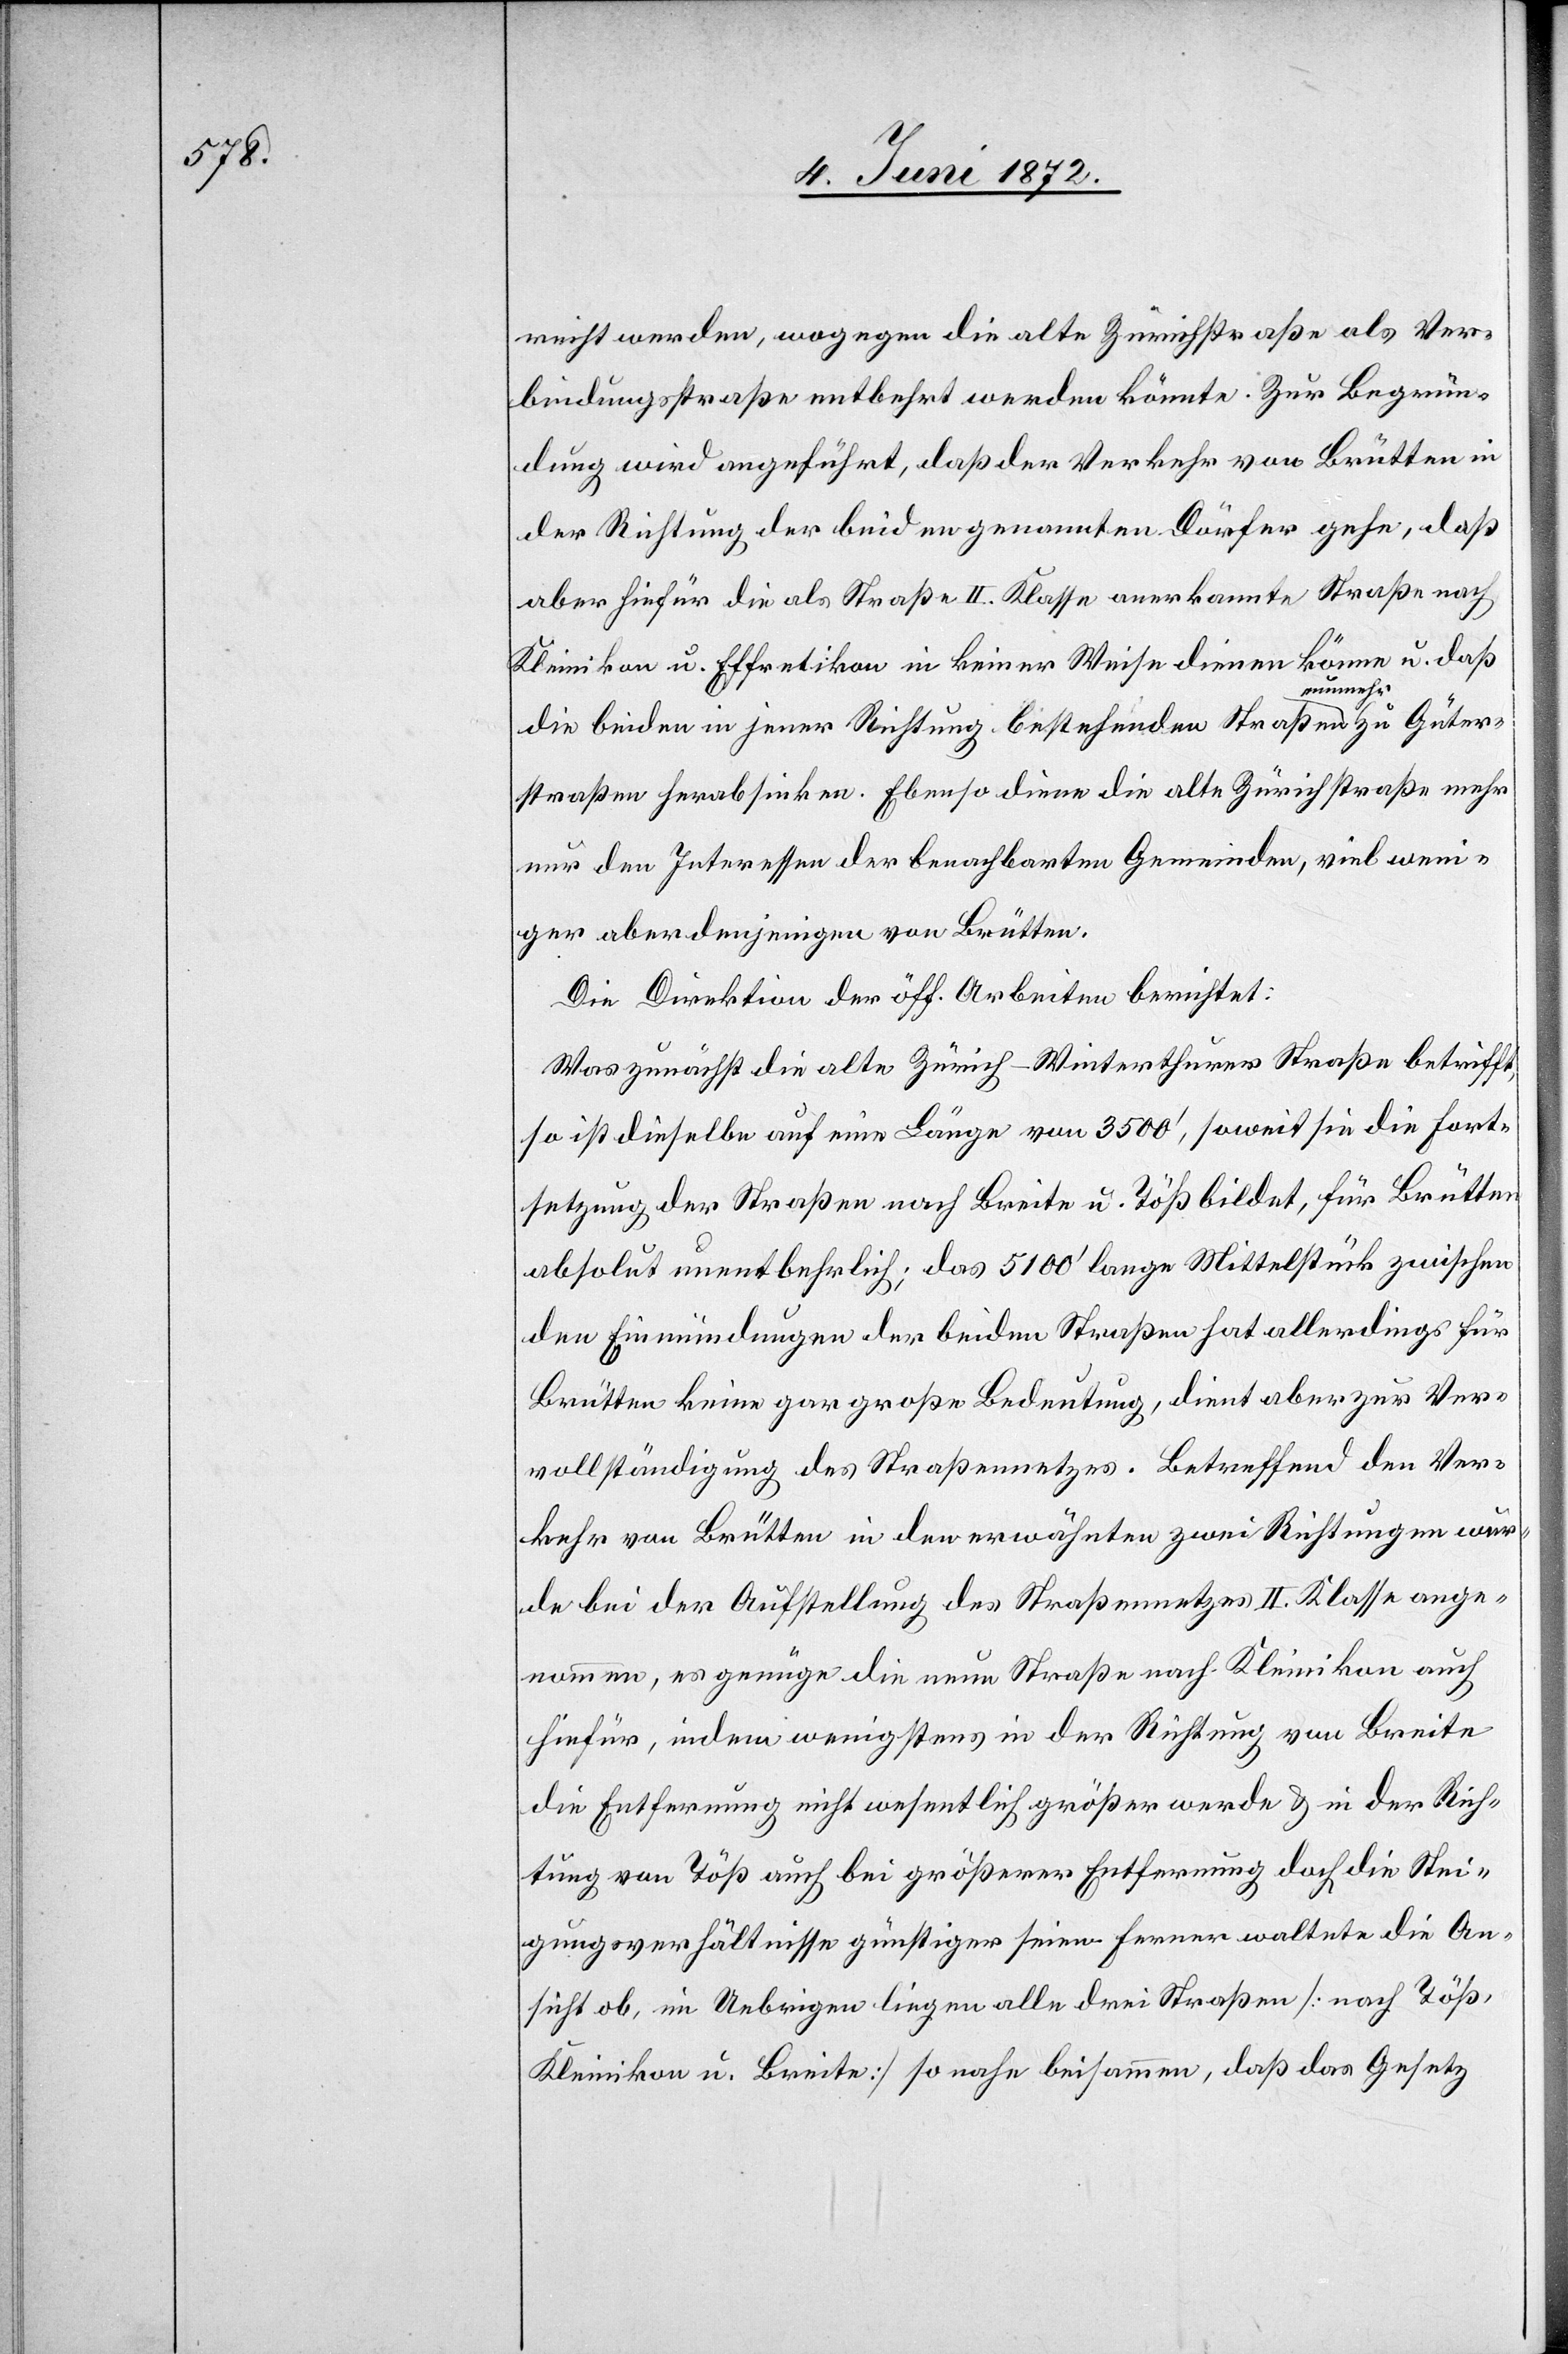
reiht werden, wogegen die alte Zürichstraße als Ver¬
bindungsstraße entbehrt werden könnte. Zur Begrün¬
dung wird angeführt, daß der Verkehr von Brütten in
der Richtung der beiden genannten Dörfer gehe, daß
aber hiefür die als Straße II. Klasse anerkannte Straße nach
Kleinikon u. Effretikon in keiner Weise dienen könne u. daß
die beiden in jener Richtung bestehenden Straßen nunmehr zu Güter¬
straßen herabsinken. Ebenso diene die alte Zürichstraße mehr
nur den Interessen der benachbarten Gemeinden, viel weni¬
ger aber denjenigen von Brütten.
Die Direktion der öff. Arbeiten berichtet:
Was zunächst die alte Zürich–Winterthurer Straße betrifft,
so ist dieselbe auf eine Länge von 3500’, soweit sie die Fort¬
setzung der Straßen nach Breite u. Töß bildet, für Brütten
absolut unentbehrlich; das 5100’ lange Mittelstück zwischen
den Einmündungen der beiden Straßen hat allerdings für
Brütten keine gar große Bedeutung, dient aber zur Ver¬
vollständigung des Straßennetzes. Betreffend den Ver¬
kehr von Brütten in den erwähnten zwei Richtungen wur¬
de bei der Aufstellung des Straßennetzes II. Klasse ange¬
nommen, es genüge die neue Straße nach Kleinikon auch
hiefür, indem wenigstens in der Richtung von Breite
die Entfernung nicht wesentlich größer werde u. in der Rich¬
tung von Töß auch bei größerer Entfernung doch die Stei¬
gungsverhältnisse günstiger seien. Ferner waltete die An¬
sicht ob, im Uebrigen liegen alle drei Straßen [nach Töß,
Kleinikon u. Breite] so nahe beisammen, daß das Gesetz